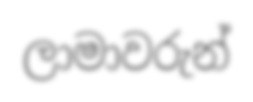
ලාමාවරුන්